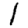
Digit: 1